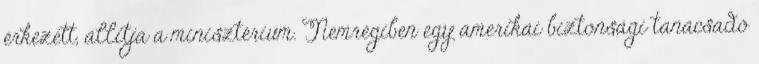
érkezett, állítja a minisztérium. Nemrégiben egy amerikai biztonsági tanácsadó